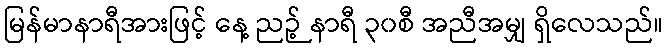
မြန်မာနာရီအားဖြင့် နေ့ ညဉ့် နာရီ ၃၀စီ အညီအမျှ ရှိလေသည်။